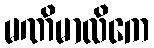
မဏိမာလိကေ